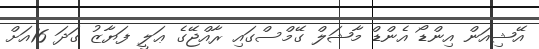
އޭޝިއަން އިންޑޯ އެންޑް މާޝަލް ގޭމްސްގައި ރާއްޖޭގެ ޢަލީ ފަޔާޒު ގަދަ 16އަށް